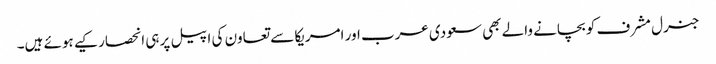
جنرل مشرف کو بچانے والے بھی سعودی عرب اور امریکا سے تعاون کی اپیل پر ہی انحصار کیے ہوئے ہیں۔